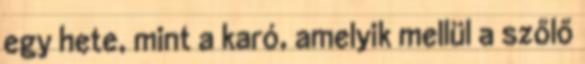
egy hete, mint a karó, amelyik mellül a szőlő